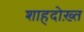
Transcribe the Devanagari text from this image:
शाहदोख़्त